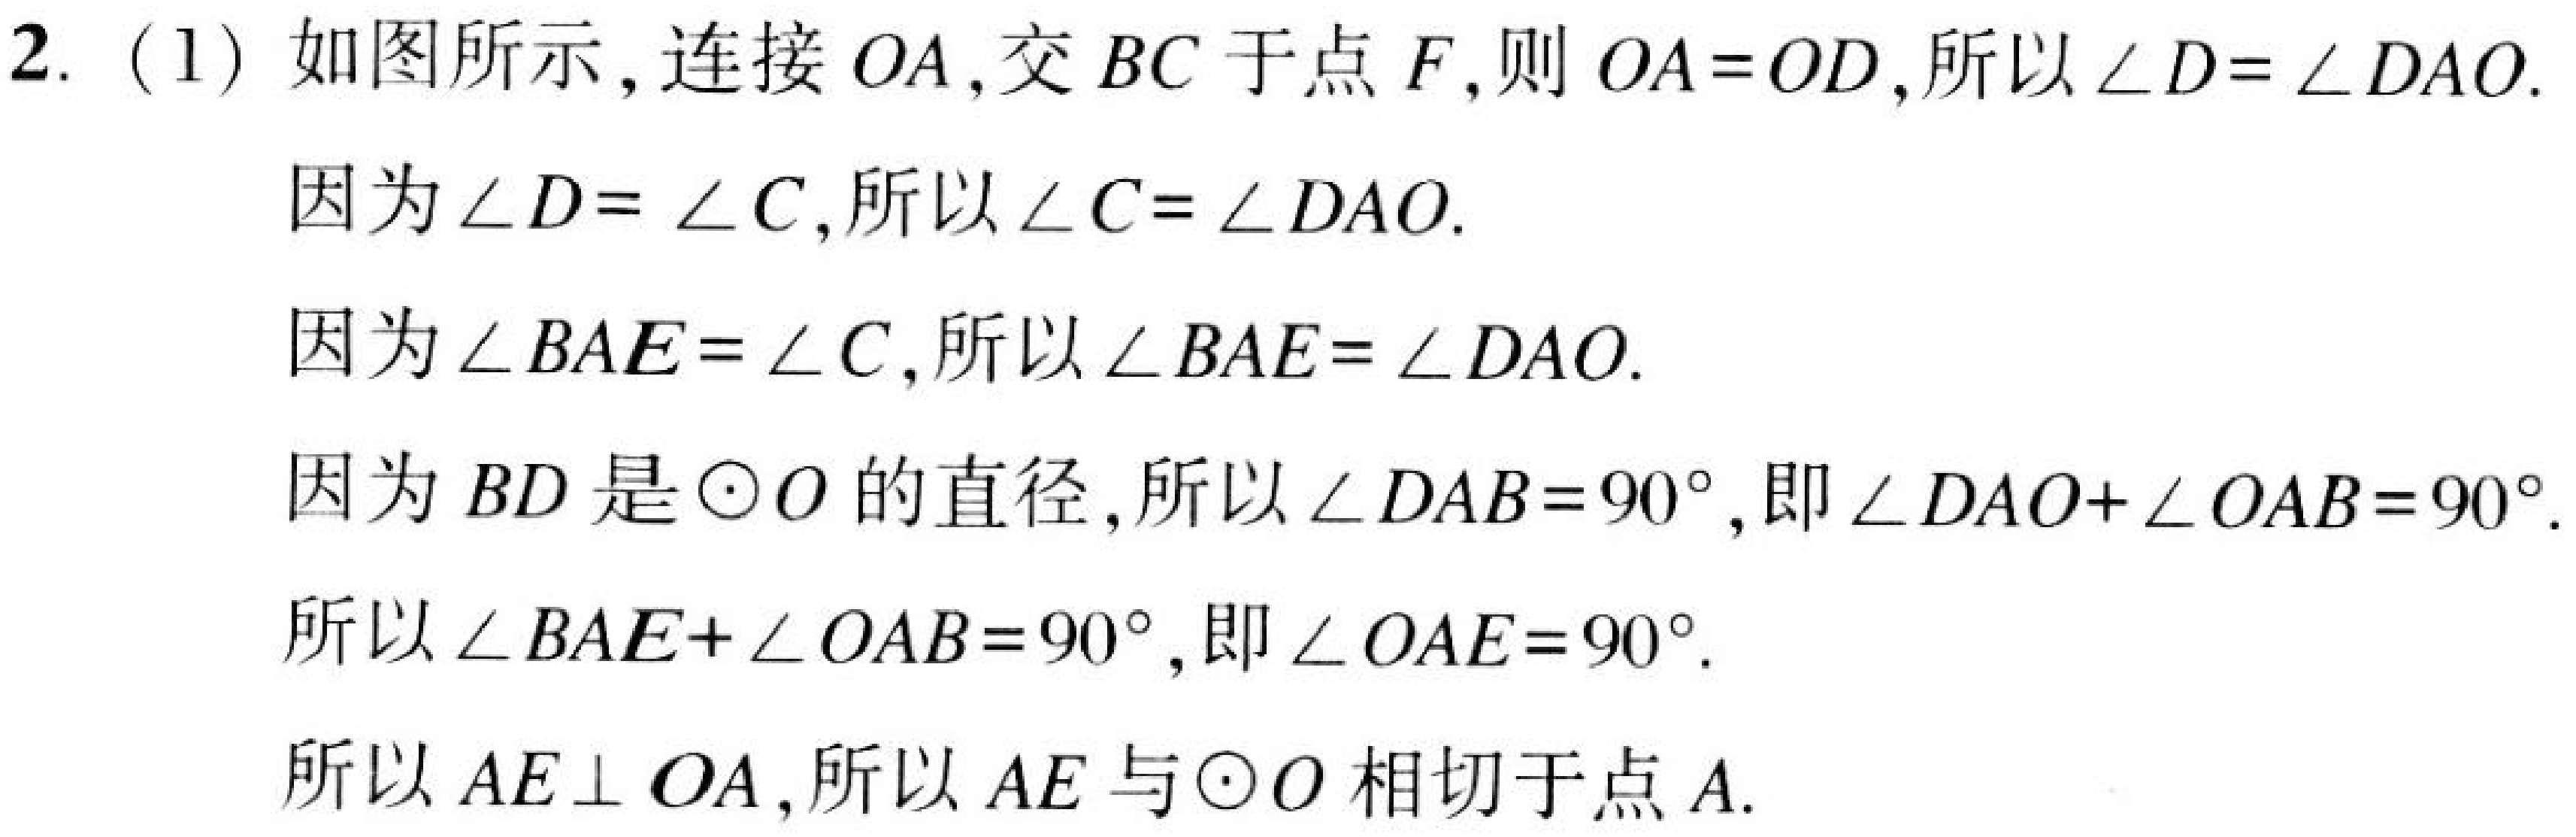
2.（1）如图所示，连接 \(OA\)，交 \(BC\) 于点 \(F\)，则 \(OA = OD\)，所以 \(\angle D=\angle DAO\).
因为 \(\angle D = \angle C\)，所以 \(\angle C=\angle DAO\).
因为 \(\angle BAE=\angle C\)，所以 \(\angle BAE = \angle DAO\).
因为 \(BD\) 是 \(\odot O\) 的直径，所以 \(\angle DAB = 90^{\circ}\)，即 \(\angle DAO+\angle OAB = 90^{\circ}\).
所以 \(\angle BAE+\angle OAB = 90^{\circ}\)，即 \(\angle OAE = 90^{\circ}\).
所以 \(AE\perp OA\)，所以 \(AE\) 与 \(\odot O\) 相切于点 \(A\).